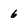
Character: 6